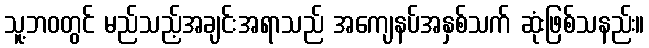
သူ့ဘဝတွင် မည်သည့်အချင်းအရာသည် အကျေနပ်အနှစ်သက် ဆုံးဖြစ်သနည်း။